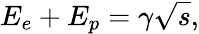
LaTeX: E_{e}+E_{p}=\gamma\sqrt{s},